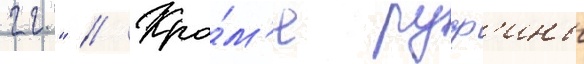
гг." // Кро́м'е руф'ины